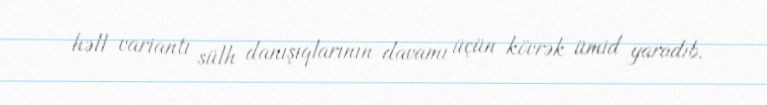
həll variantı sülh danışıqlarının davamı üçün kövrək ümid yaradıb.